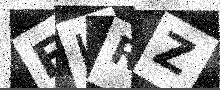
Text: EIRZ